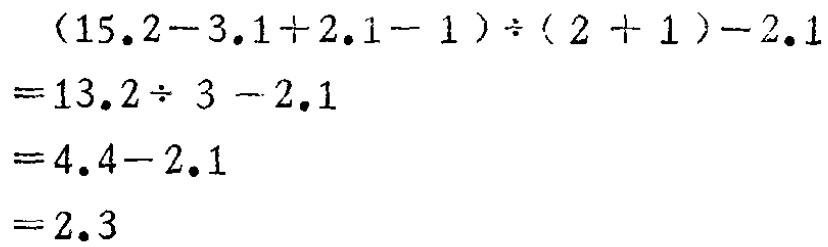
\[
\begin{align*}
&(15.2 - 3.1 + 2.1 - 1)\div(2 + 1)-2.1\\
=&13.2\div 3 - 2.1\\
=&4.4 - 2.1\\
=&2.3
\end{align*}
\]